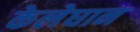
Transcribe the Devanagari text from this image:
केलेघान